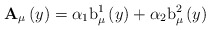
\begin{align*}\mathbf{A}_{\mu }\left( y\right) =\alpha _{1}\mathrm{b}_{\mu }^{1}\left(y\right) +\alpha _{2}\mathrm{b}_{\mu }^{2}\left( y\right)\end{align*}